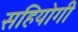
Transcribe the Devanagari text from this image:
सहियोगी